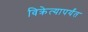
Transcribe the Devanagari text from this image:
विक्रेत्यापर्यंत